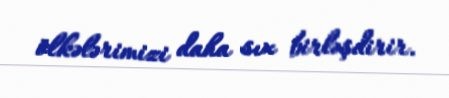
ölkələrimizi daha sıx birləşdirir.